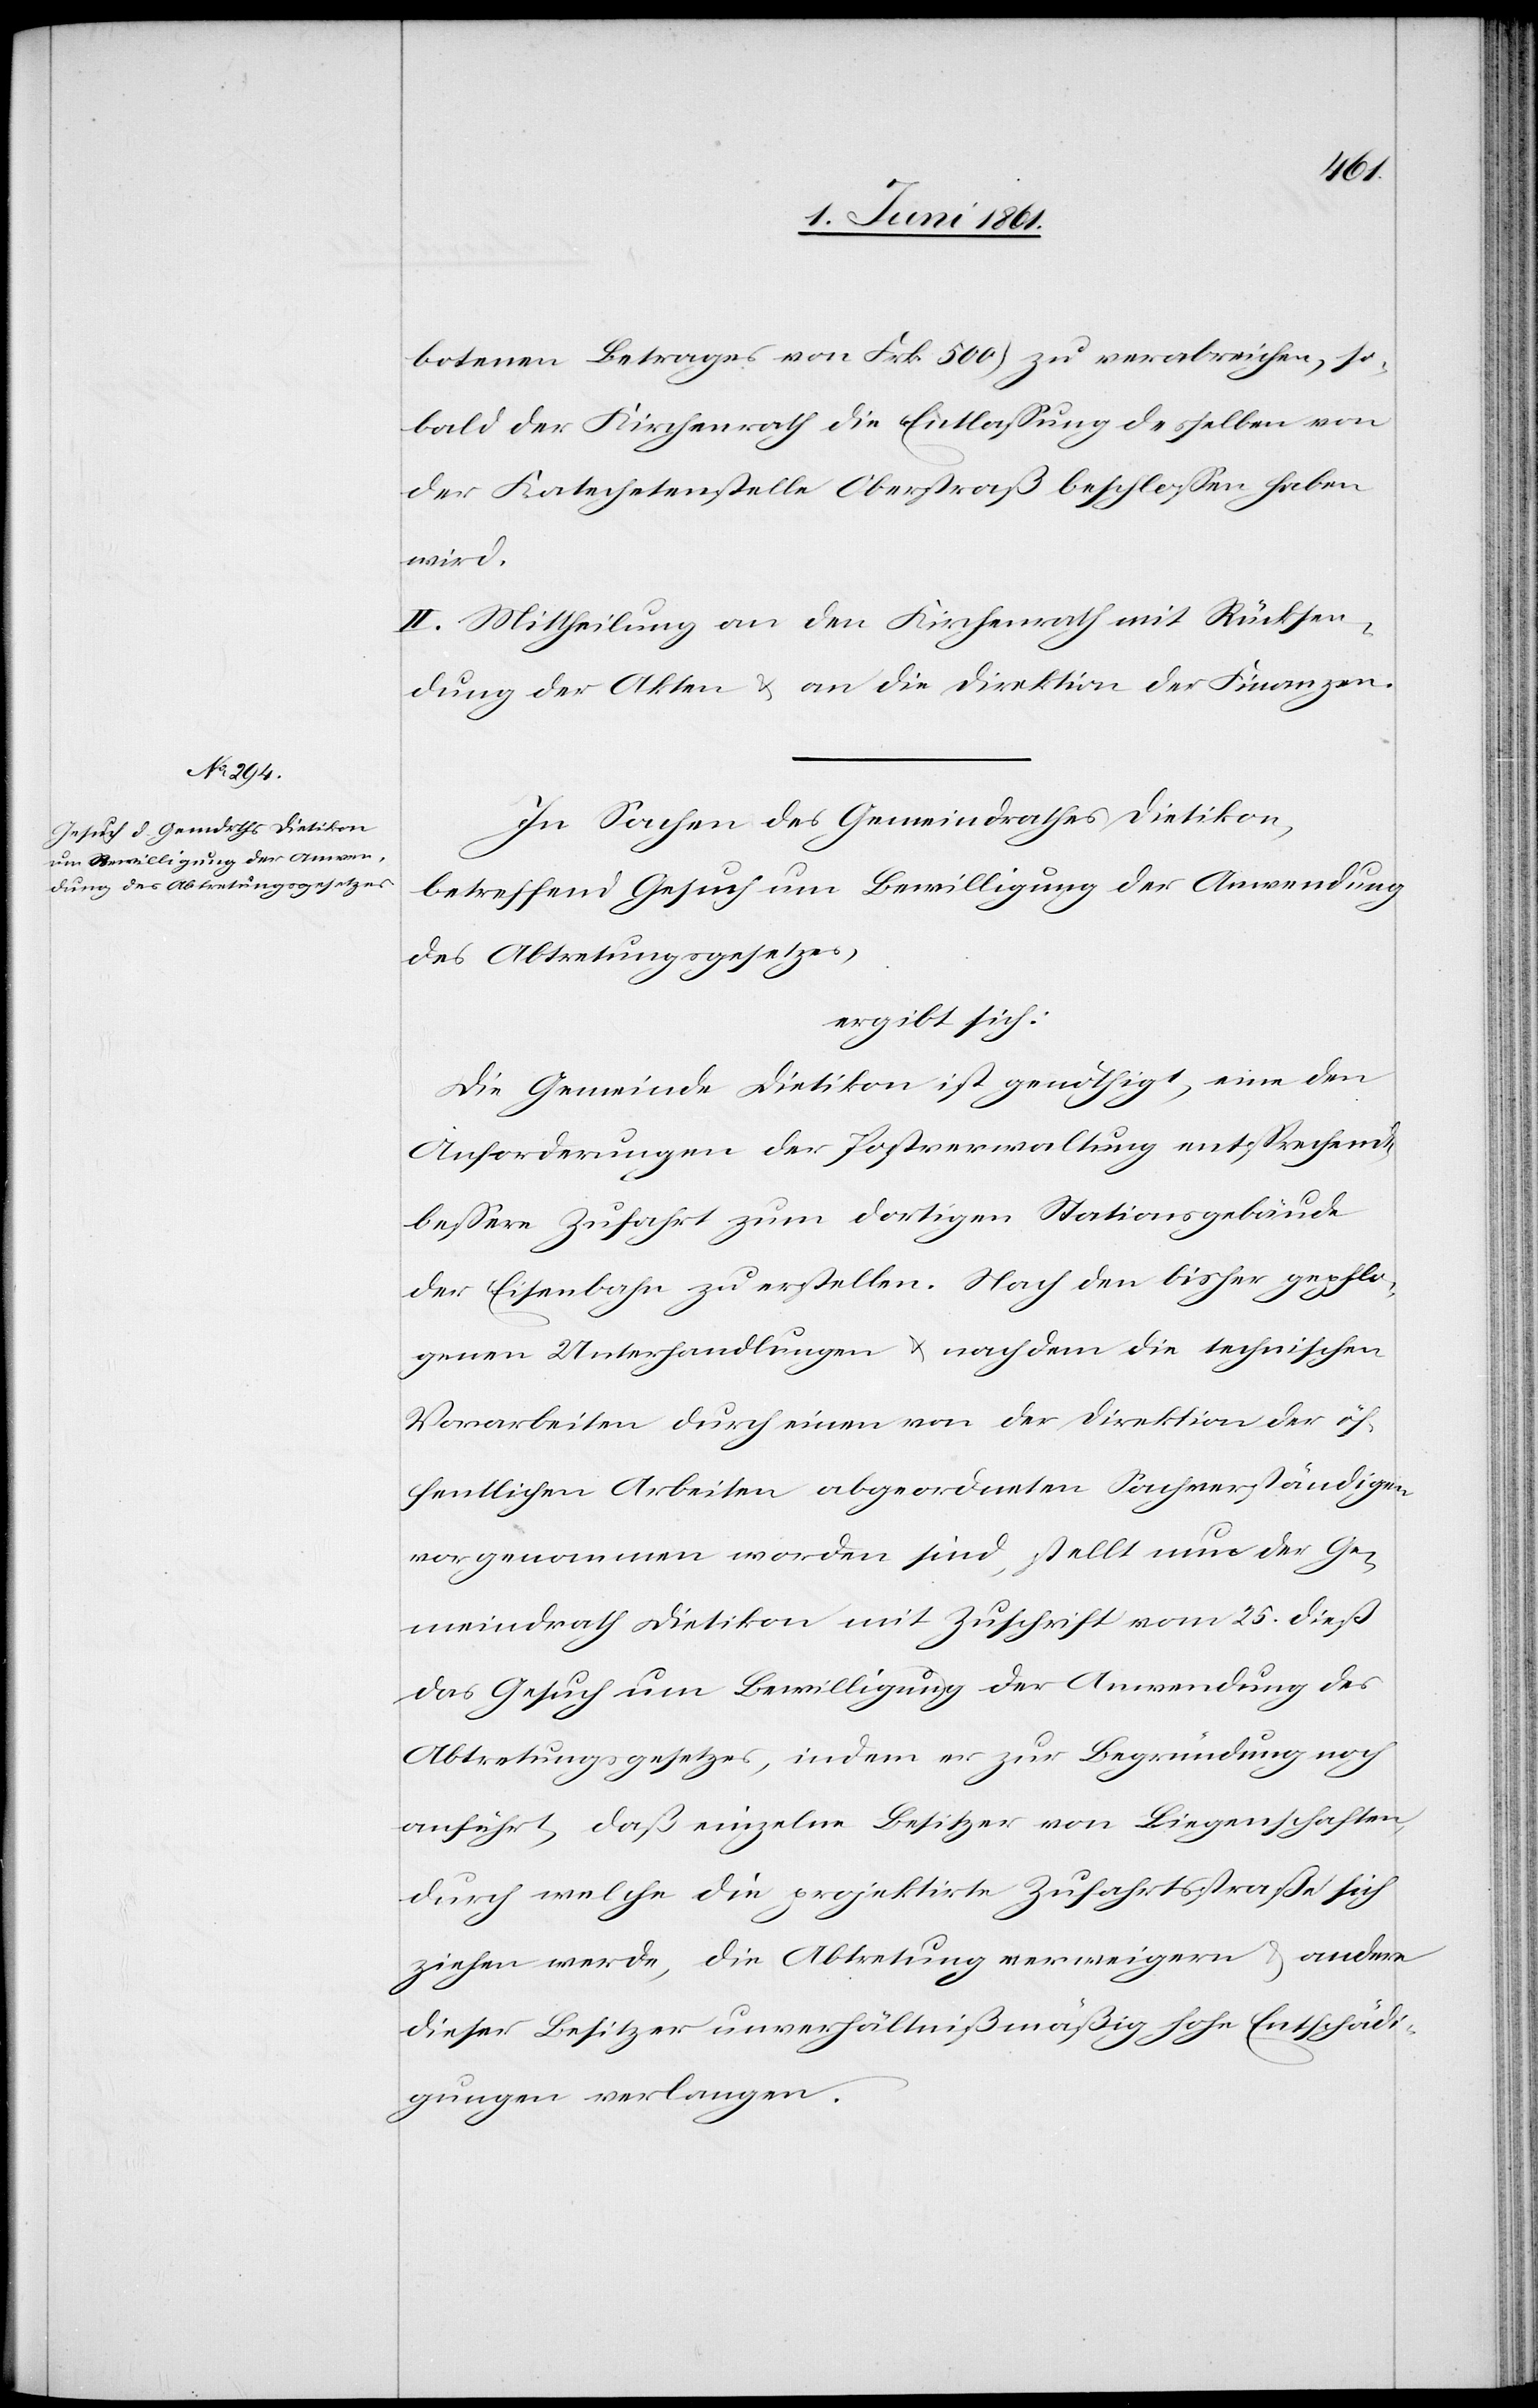
botenen Betrages von Frk. 500) zu verabreichen, so¬
bald der Kirchenrath die Entlassung desselben von
der Katechetenstelle Oberstraß beschlossen haben
wird.
II. Mittheilung an den Kirchenrath mit Rücksen¬
dung der Akten u. an die Direktion der Finanzen.
In Sachen des Gemeindrathes Dietikon,
betreffend Gesuch um Bewilligung der Anwendung
des Abtretungsgesetzes,
ergibt sich:
Die Gemeinde Dietikon ist genöthigt, eine den
Anforderungen der Postverwaltung entsprechend
bessere Zufahrt zum dortigen Stationsgebäude
der Eisenbahn zu erstellen. Nach den bisher gepflo¬
genen Unterhandlungen u. nachdem die technischen
Vorarbeiten durch einen von der Direktion der öf¬
fentlichen Arbeiten abgeordneten Sachverständigen
vorgenommen worden sind, stellt nun der Ge¬
meindrath Dietikon mit Zuschrift vom 25. dieß
das Gesuch um Bewilligung der Anwendung des
Abtretungsgesetzes, indem er zur Begründung noch
anführt, daß einzelne Besitzer von Liegenschaften,
durch welche die projektirte Zufahrtsstraße sich
ziehen werde, die Abtretung verweigern u. andere
dieser Besitzer unverhältnißmäßig hohe Entschädi¬
gungen verlangen.